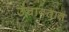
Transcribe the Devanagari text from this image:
उंचावतात